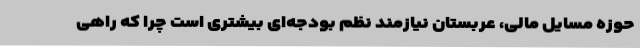
حوزه مسایل مالی، عربستان نیازمند نظم بودجه‌ای بیشتری است چرا که راهی